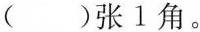
( )张1角。